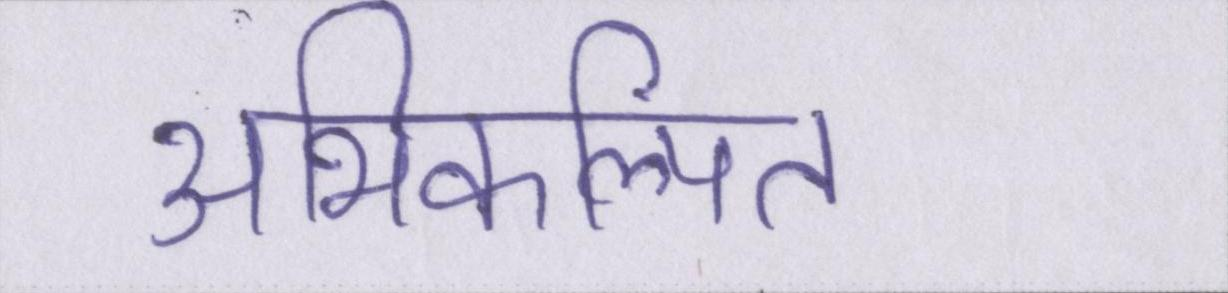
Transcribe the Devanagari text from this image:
अभिकल्पित